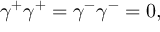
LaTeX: { \gamma } ^ { + } { \gamma } ^ { + } = { \gamma } ^ { - } { \gamma } ^ { - } = 0 ,